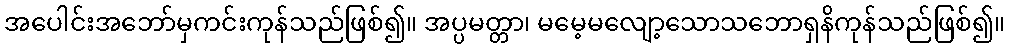
အပေါင်းအဘော်မှကင်းကုန်သည်ဖြစ်၍။ အပ္ပမတ္တာ၊ မမေ့မလျော့သောသဘောရှနိကုန်သည်ဖြစ်၍။